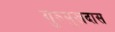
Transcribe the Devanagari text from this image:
गुरुमुखदास